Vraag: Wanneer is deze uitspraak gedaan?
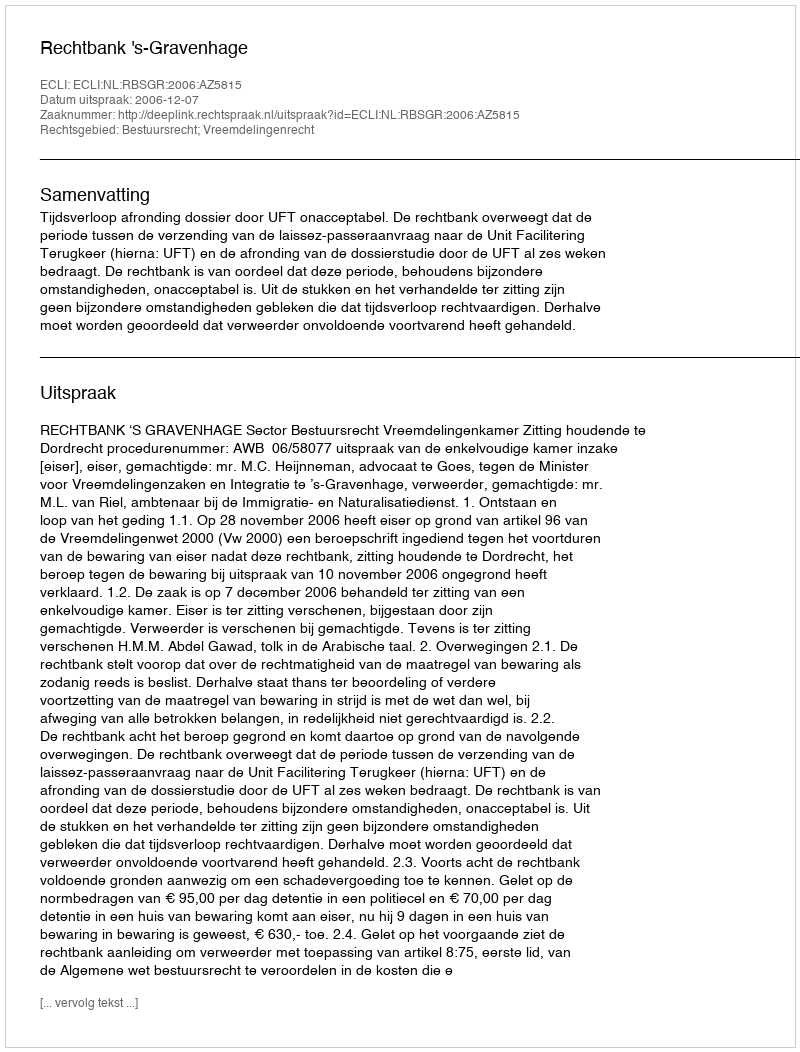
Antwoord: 2006-12-07